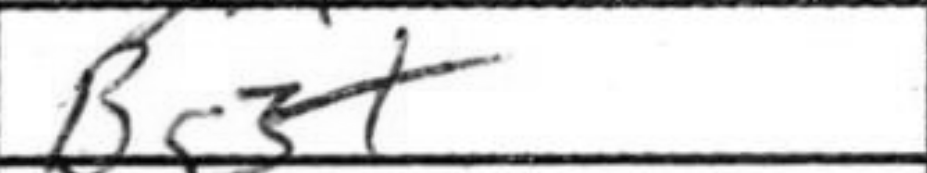
Transcription: Bg3+